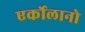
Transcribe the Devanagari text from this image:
एर्कोलानो